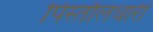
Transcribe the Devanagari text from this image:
पिस्तौलधारी